Vital statistics of India. Vol. VI, European troops 1870-79
Year: 1870
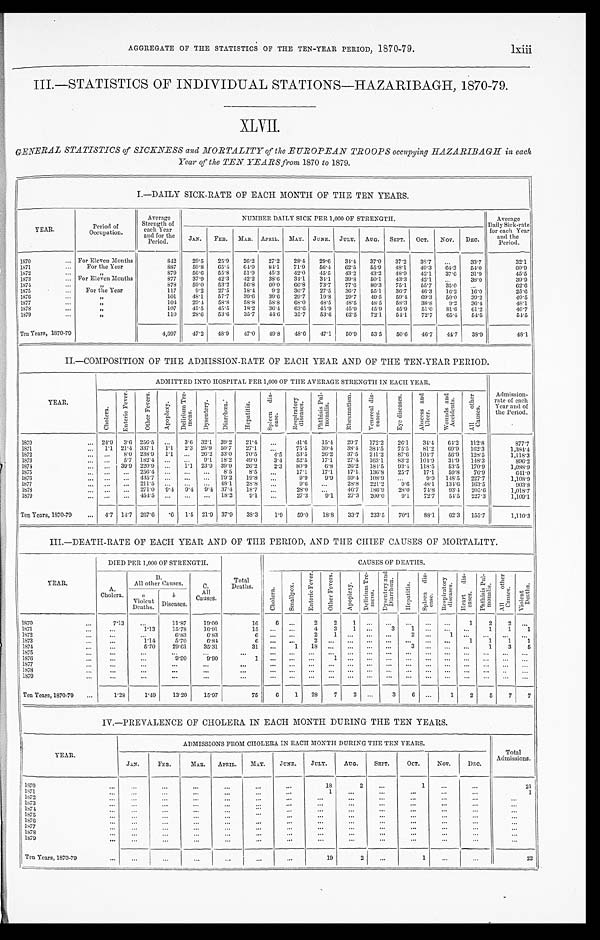
AGGREGATE OF THE STATISTICS OF THE TEN-YEAR PERIOD, 1870-79.lxiii
III.—STATISTICS OF INDIVIDUAL STATIONS—HAZARIBAGH, 1870-79.
XLVII.
GENERAL STATISTICS of SICKNESS and MORTALITY of the EUROPEAN TROOPS occupying HAZARIBAGH in each
Year of the TEN YEARS from 1870 to 1879.
I.—DAILY SICK-RATE OF EACH MONTH OF THE TEN YEARS.
YEAR.
Period of
Occupation.
Average
Strength of
each Year
and for the
Period.
NUMBER DAILY SICK PER 1,000 OF STRENGTH.
Average
Daily Sick-rate
for each Year
and t he
Period.
JAN. FEB. MAR. APRIL. MAY. JUNE. JULY. AUG. SEPT. OCT. NOV. DEC.
1870
... For Eleven Months
842
29.5 25.9 26.2 27.2 28.4 29.6 34.4 37.0 37.2 38.7
. . . 33.7
32.1
1871
... For the Year
887
59.8 65.4 64.9 84.1 71.9 56.4 62.5 55.9 48.1 49.3 64.3 54.0
60.9
1872
. . .
„
879
56.6 55.8 51.9 45.3 42.0 45.5 43.2 43.2 48.9 42.1 37.6 31.9
45.5
1873
... For Eleven Months
877
37.9 42.3 42.2 38.6 34.1 34.1 39.8 50.1 43.3 42.1 . . .
38.0
39.9
1874
. . .
„
878
59.0 53.2 56.8 60.0 66.8 73.7 77.6 80.3 75.1 55.7 35.0
. . .
62. 6
1875
... For the Year
117
9.2 27.5 18.4 9.2 36.7 27.5 36.7 55.1 36.7 46.3 16.2 16.0
25.6
1876
. . .
„
101
48.1 57.7 39.6 39.6 29.7 19.8 29.7 49.5 59.4 69.3 50.0 39.2
49.5
1877
...
„
104 29.4 58.8 58.8 58.8 68.0 48.5 48.5 48.5 58.3 38.8 9.2 36.4
48.1
1878
...
„
107
45.5 45.5 18.2 36.4 63.6 45.9 45.9 45.9 45.9 51.0 81.6 61.2
46.7
1879
. . .
„
110
28.6 53.6 35.7 44.6 35.7 53.6 62.5 72.1 54.1 72.7 65.4 54.5
54.5
Ten Years, 1870-79
4,697
47.2 48.9 47.0 49.8 48.6 47.1 50.9 53.5 50.6 46.7 44.7 38.9
48. 1
II.—COMPOSITION OF THE ADMISSION-RATE OF EACH YEAR AND OF THE TEN-YEAR PERIOD.
YEAR.
ADMITTED INTO HOSPITAL PER 1,000 OF THE AVERAGE STRENGTH IN EACH YEAR.
Admission-
rate of each
Year and of
the Period.
C h o l e r a .
E n t e r i c F e v e r .
O t h e r F e v e r s .
A p o p l e x y .
D e l i r i u m T r e -
mens.
D y s e n t e r y . Di a r r h œa .
H e p a t i t i s .
S p l e e n d i s -
e a s e .
R e s p i r a t o r y
d i s e a s e s .
P h t h i s i s P u l -
m o n a l i s .
R h e u m a t i s m .
V e n e r e a l d i s -
e a s e s . E y e d i s e a s e s .
A b s c e s s a n d U l c e r .
W o u n d s a n d
A c c i d e n t s .
A l l o t h e r
C a u s e s .
1870
... 24.9 3.6 256.5 ... 3.6 32.1 39.2 21.4 ...
41.6 15.4 29.7 172.2 26.1 34.4 64.2 112.8
877.7
1871
... 1.1 21.4 337.1 1.1 2.3 25.9 50.7 27.1 ...
75.5 30.4 38.4 384.5 75.5 81.2 69.9 162.3
1,384.4
1872
... ... 8.0 238.9 1.1 ... 26.2 33.0 70.5
4.5 53.5 26.2 37.5 241.2 87.6 104.7 56.9 128.5
1,118.3
1873
...
. . . 5.7 182.4 . . .
... 9.1 18.2 49.0
3.4 52.5 17.1 27.4 163.1 83.2 104.9 31.9 148.3
896. 2
1874
... ... 39.9 220.9
. . .
1 . 1 23.9 39.9 26.2
2.3 80.9
6 . 8 26.2 184.5 93.4 118.5 53.5 170.9
1,088.9
1875
. . . . . . ... 256.4
. . .
. . .
... 8.5
8.5 . . .
17.1 17.1 17.1 136.8 25.7 17.1 59.8 76.9
641. 0
1876
...
. . . ... 435.7 ... ... ... 79.2 19.8
. . .
9.9
9.9 59.4 108.9 ...
9.9 148.5 227.7
1,108.9
1877
. . . . . . ... 211.5 ...
. . . ... 48.1 28.8 . . .
9.6 ...
28.8 221.2 9.6 48.1 134.6 163.5
903. 8
1878
. . . . . . ... 271.0 9.4 9.4 9.4 37.4 18.7
. . .
28.0 ...
46.7 186.9 28.0 74.8 93.4 205.6
1,018.7
1879
. . . . . . ... 454.5 ... ... ... 18.2
9.1 . . .
27.3
9.1 27.3 200.0
9.1 72.7 54.5 227.3
1, 109. 1
Ten Years, 1870-79 ... 4.7 14.7 267.6
. 6 1.5 21.9 37.9 38.3
1.9 59.0
18.8 33.7 233.5 70.1 88.1 62.3 155.7
1,110.3
III.—DEATH-RATE OF EACH YEAR AND OF THE PERIOD, AND THE CHIEF CAUSES OF MORTALITY.
Y E A R .
DIED PER 1,000 OF STRENGTH.
Total
Deaths.
CAUSES OF DEATHS.
A.
Cholera.
B.
All other Causes.
C.
All
Causes.
C h o l e r a .
S m a l l p o x .
E n t e r i c F e v e r .
O t h e r F e v e r s .
A p o p l e x y .
D e l i r i u m T r e -
m e n s .
D y s e n t e r y a n d
D i a r r h œ a .
H e p a t i t i s .
S p l e e n d i s -
e a s e .
R e s p i r a t o r y d i s e a s e s .
H e a r d i s -
e a s e s .
P h t h i s i s P u l -
m o n a l i s .
A l l o t h e r C a u s e s .
V i o l e n t D e a t h s .
a
Violent
Deaths.
b
Diseases.
1870
. . .
7.13
...
11.87
19.00
16
6 ...
2
2
1 ...
. . .
. . . ... ...
1
2
2
. . .
1871
...
. . . 1.13
15.78
16.91
15
. . .
. . . 4
3
1 ...
3
1 ... ...
...
1
1
1
1872
. . .
...
...
6.83
6 . 8 3
6
. . .
. . . 2
1 ... ...
. . . 2 ...
1 . . .
. . . . . .
. . .
1873
. . .
. . .
1.14
5.70
6 . 8 4
6
. . .
. . .
2 . . .
. . . ...
. . .
. . . ... ...
1
1
1
1
1874
. . . ...
5.70
29. 61
35.31
31 ...
1 18
. . .
. . . ...
. . . 3 ... ...
. . . 1
3
5
1875
...
. . .
. . .
. . .
. . .
...
... ... . . .
.. ... ... ... ... ... ... ... ... ... ...
1876
. . .
. . . ...
9.90
9 . 9 0
1
. . .
. . .
. . . 1 ... ... ... ... ... ... ... ... ... ...
1877
. . . ...
...
. . .
. . .
...
. . .
. . .
. . .
. . .
. . . ...
. . .
. . . ...
. . . . . .
. . . . . .
. . .
1878
. . .
. . . . . .
. . .
...
...
. . .
. . .
. . .
. . . . . . ...
. . . . . . ...
. . . . . .
. . . . . .
. . .
1879
...
...
...
. . .
. . .
...
. . . ... ... ...
. . . ...
. . . . . . ... ...
. . . ... ... ...
Ten Years, 1870-79 ...
1.25
1.49
13.20
15.97
75
6 1 28
7
2 ...
3 6 ...
1
2
5
7 7
IV.—PREVALENCE OF CHOLERA IN EACH MONTH DURING THE TEN YEARS.
YEAR.
ADMISSIONS FROM CHOLERA IN EACH MONTH DURING THE TEN YEARS.
Total
Admissions.
JAN.
FEB.
MAR. APRIL. MAY.
JUNE.
JULY.
AUG.
SEPT.
OCT.
NOV.
D E C .
1870
. . .
...
...
. . .
...
. . . . . .
18
2
. . .
1
...
. . .
21
1871
. . .
...
. . .
. . . . . .
. . . ...
1
...
...
...
...
...
1
1872
. . .
. . .
. . .
...
. . .
...
. . .
. . .
. . .
. . .
. . . ...
. . .
...
1873
. . .
. . . . . .
...
...
...
...
. . .
...
...
. . .
...
. . .
. . .
1874
. . .
. . .
...
...
. . .
. . . . . .
. . .
. . .
. . .
. . .
...
. . .
...
1875
. . .
. . .
...
. . . . . .
. . . ...
. . .
...
. . .
. . . ...
. . .
. . .
1876
. . .
. . .
. . .
. . . . . .
. . . ...
...
...
...
...
...
...
. . .
1877
. . .
. . .
. . .
...
...
...
. . .
. . .
. . .
. . .
. . .
. . .
. . .
. . .
1878
...
...
. . .
...
. . .
... . . .
. . .
...
...
. . . ...
...
...
1878
. . .
. . .
. . .
...
. . .
. . . ...
...
. . .
...
. . . ...
. . .
. . .
Ten Years, 1870-79
. . .
...
. . . ...
...
...
...
19
2
. . .
1
...
. . .
22